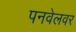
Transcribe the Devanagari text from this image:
पनवेलवर